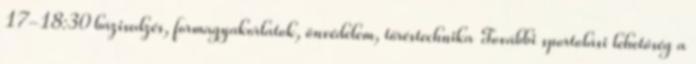
17-18:30 bázisedzés, formagyakorlatok, önvédelem, töréstechnika További sportolási lehetőség a